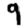
Digit: 9